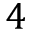
4